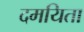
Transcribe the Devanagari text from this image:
दमयिता